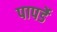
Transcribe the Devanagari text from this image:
पापर्डे